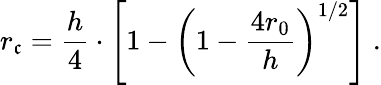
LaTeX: r_{\mathfrak{c}}=\frac{{h}}{{4}}\cdot\left[1-\left(1-\frac{{4r_{0}}}{{h}}\right)^{1/2}\right]~.